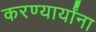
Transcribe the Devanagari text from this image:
करण्यार्यांना